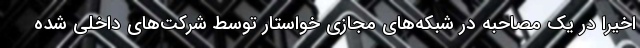
اخیرا در یک مصاحبه در شبکه‌های مجازی خواستار توسط شرکت‌های داخلی شده